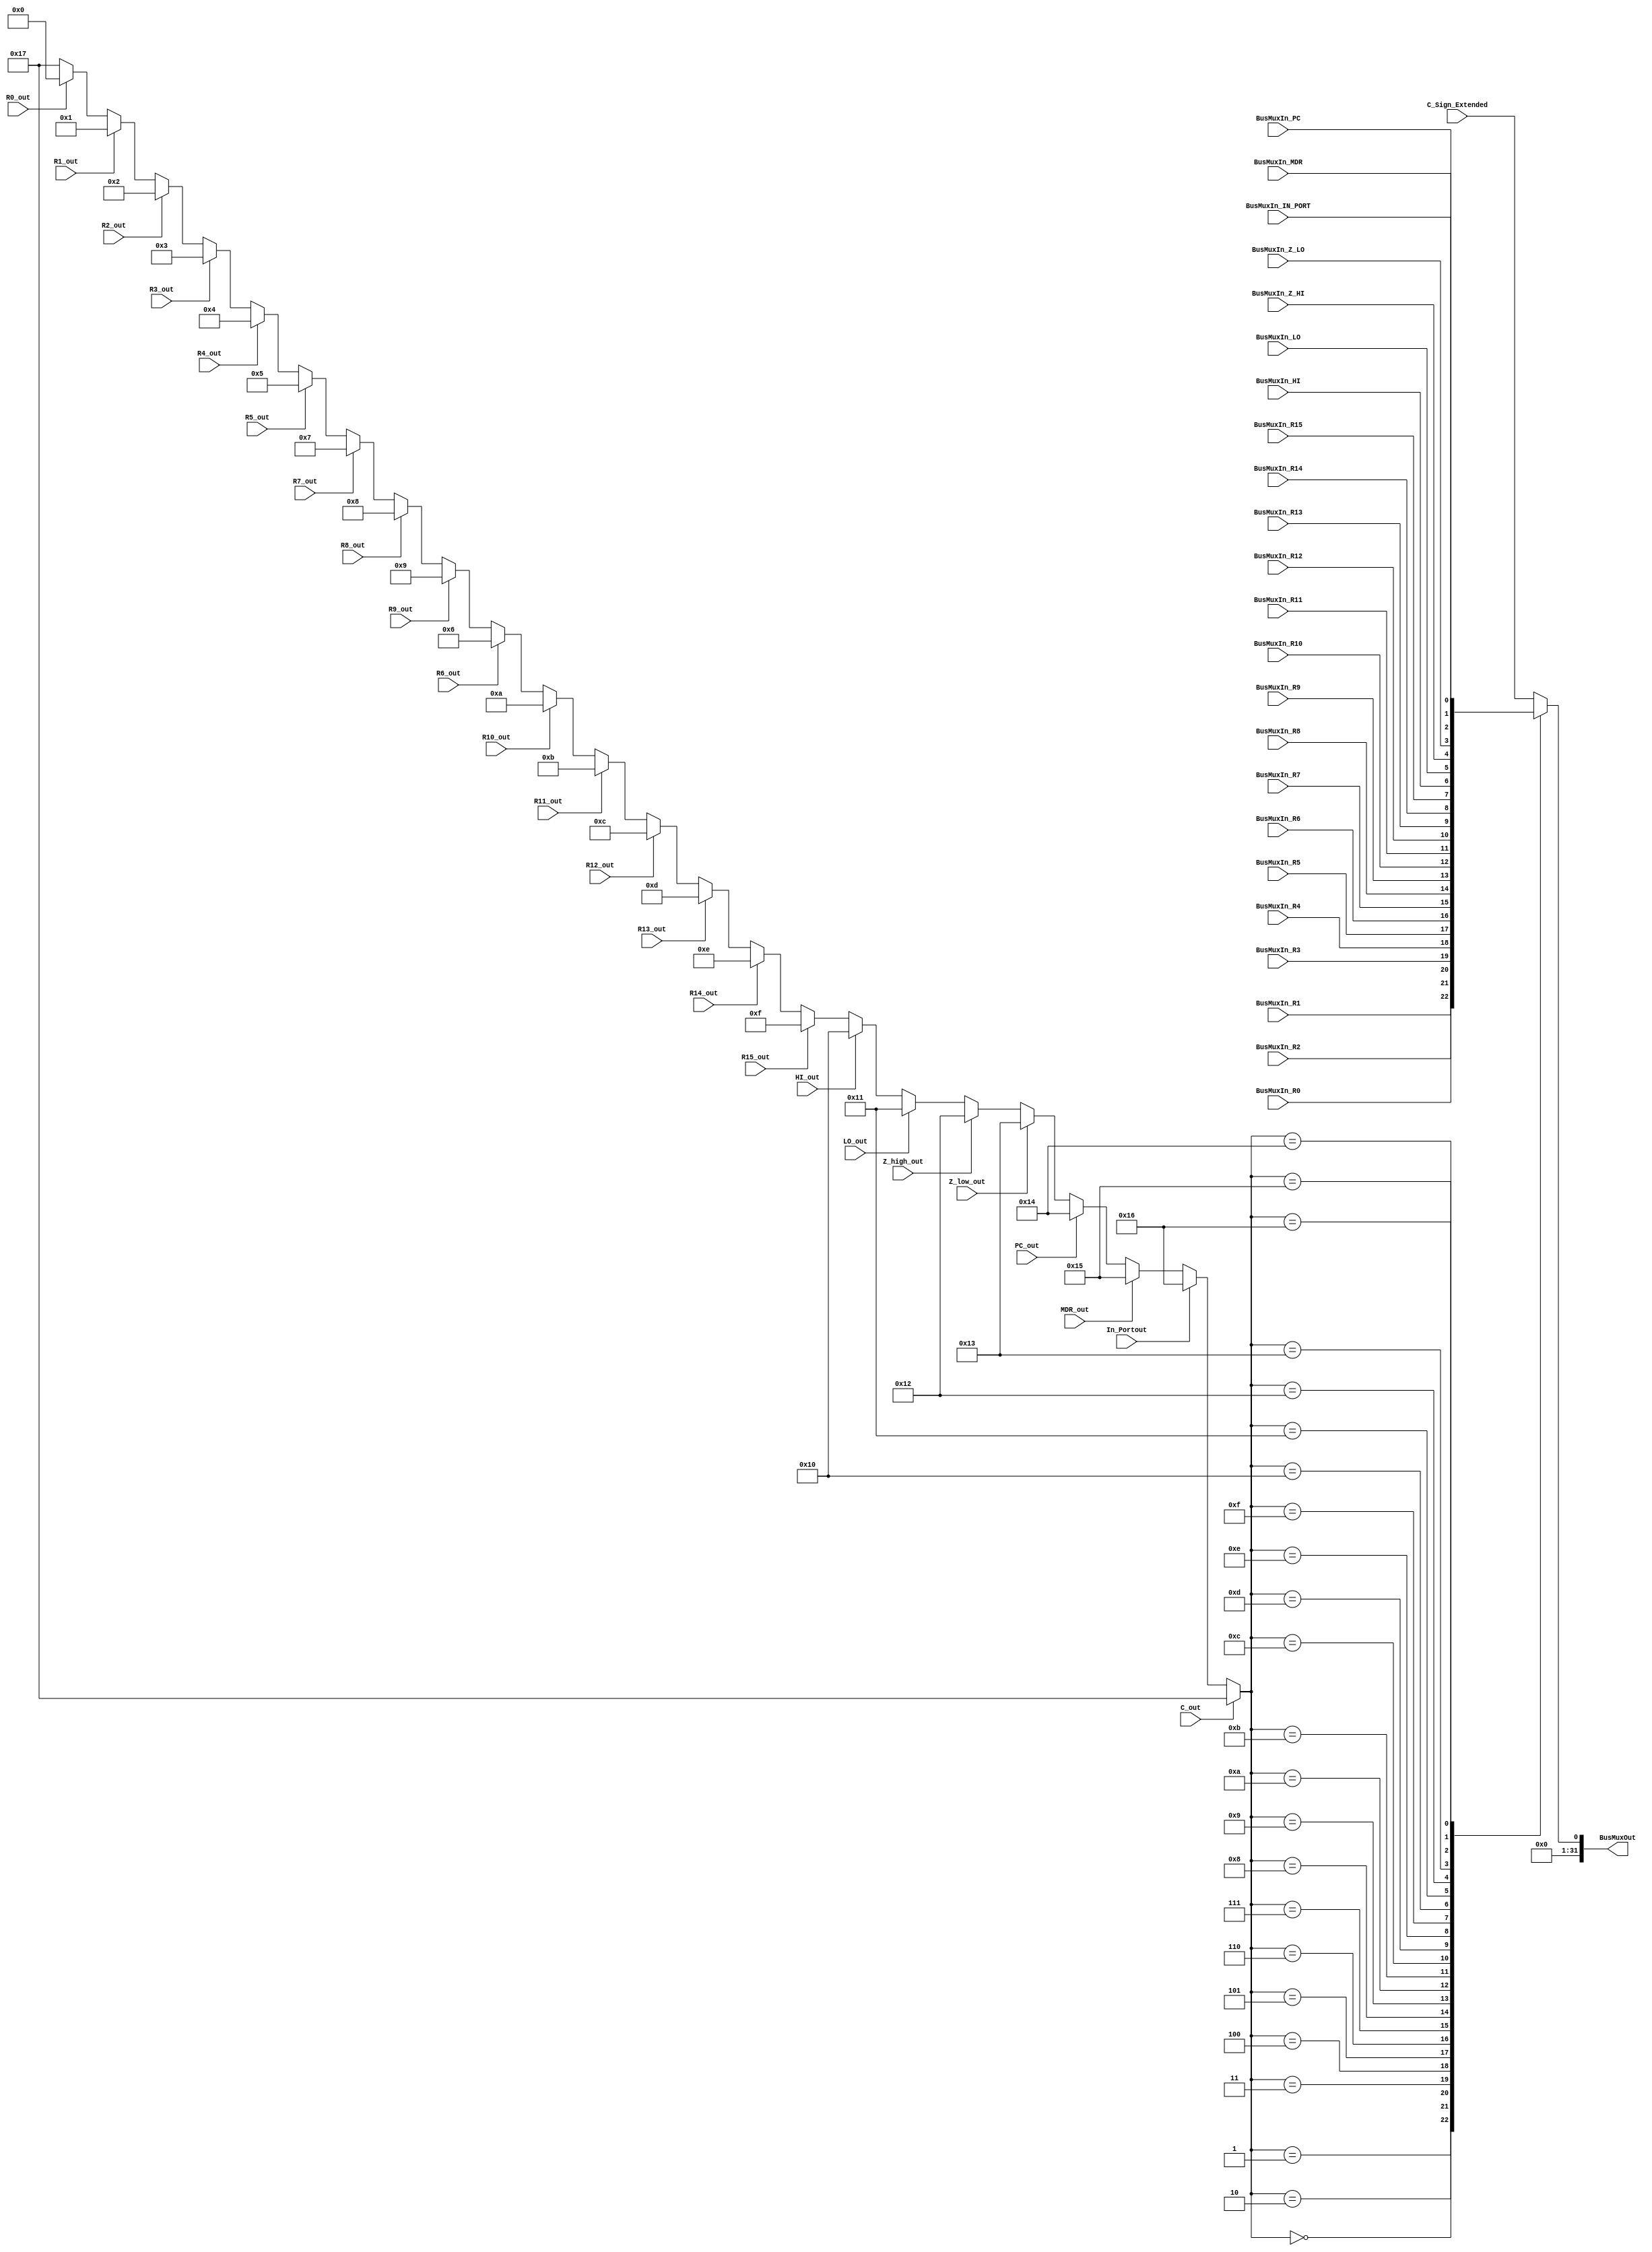
module Bus (R0_out, R1_out, R2_out, R3_out, R4_out, R5_out, R6_out, R7_out, R8_out, R9_out,  R10_out, R11_out, R12_out, R13_out, R14_out, R15_out, HI_out, LO_out, Z_high_out, Z_low_out, PC_out, MDR_out, In_Portout, C_out,
BusMuxIn_R0, BusMuxIn_R1, BusMuxIn_R2, BusMuxIn_R3, BusMuxIn_R4, BusMuxIn_R5, BusMuxIn_R6, BusMuxIn_R7, BusMuxIn_R8, BusMuxIn_R9, BusMuxIn_R10, BusMuxIn_R11, BusMuxIn_R12, BusMuxIn_R13, BusMuxIn_R14, BusMuxIn_R15, BusMuxIn_HI, BusMuxIn_LO, BusMuxIn_Z_HI, BusMuxIn_Z_LO, BusMuxIn_PC, BusMuxIn_MDR, BusMuxIn_IN_PORT, C_Sign_Extended, BusMuxOut);

    input wire R0_out, R1_out, R2_out, R3_out, R4_out, R5_out, R6_out, R7_out, R8_out, R9_out,  R10_out, R11_out, R12_out, R13_out, R14_out, R15_out, HI_out, LO_out, Z_high_out, Z_low_out, PC_out, MDR_out, In_Portout, C_out;

    input wire BusMuxIn_R0, BusMuxIn_R1, BusMuxIn_R2, BusMuxIn_R3, BusMuxIn_R4, BusMuxIn_R5, BusMuxIn_R6, BusMuxIn_R7, BusMuxIn_R8, BusMuxIn_R9, BusMuxIn_R10, BusMuxIn_R11, BusMuxIn_R12, BusMuxIn_R13, BusMuxIn_R14, BusMuxIn_R15, BusMuxIn_HI, BusMuxIn_LO, BusMuxIn_Z_HI, BusMuxIn_Z_LO, BusMuxIn_PC, BusMuxIn_MDR, BusMuxIn_IN_PORT, C_Sign_Extended;

    output reg [31:0] BusMuxOut;

    reg [4:0] encoderOut;

    // Encoder
    always @ (R0_out, R1_out, R2_out, R3_out, R4_out, R5_out, R6_out, R7_out, R8_out, R9_out,  R10_out, R11_out, R12_out, R13_out, R14_out, R15_out, HI_out, LO_out, Z_high_out, Z_low_out, PC_out, MDR_out, In_Portout, C_out)
        begin
            if (C_out) encoderOut = 23; else
            if (In_Portout) encoderOut = 22; else
            if (MDR_out)    encoderOut = 21; else
            if (PC_out)     encoderOut = 20; else
            if (Z_low_out)  encoderOut = 19; else
            if (Z_high_out) encoderOut = 18; else
            if (LO_out)     encoderOut = 17; else
            if (HI_out)     encoderOut = 16; else
            if (R15_out)    encoderOut = 15; else
            if (R14_out)    encoderOut = 14; else
            if (R13_out)    encoderOut = 13; else
            if (R12_out)    encoderOut = 12; else
            if (R11_out)    encoderOut = 11; else
            if (R10_out)    encoderOut = 10; else
            if (R6_out)     encoderOut = 6; else
            if (R9_out)     encoderOut = 9; else
            if (R8_out)     encoderOut = 8; else
            if (R7_out)     encoderOut = 7; else
            if (R5_out)     encoderOut = 5; else
            if (R4_out)     encoderOut = 4; else
            if (R3_out)     encoderOut = 3; else
            if (R2_out)     encoderOut = 2; else
            if (R1_out)     encoderOut = 1; else
            if (R0_out)     encoderOut = 0; else
                            encoderOut = 23; // otherwise is C_out
        end

    // multiplexer
    always @(encoderOut)
    begin
        case(encoderOut)
            0       :     BusMuxOut = BusMuxIn_R0;
            1       :     BusMuxOut = BusMuxIn_R1;
            2       :     BusMuxOut = BusMuxIn_R2;
            3       :     BusMuxOut = BusMuxIn_R3;
            4       :     BusMuxOut = BusMuxIn_R4;
            5       :     BusMuxOut = BusMuxIn_R5;
            6       :     BusMuxOut = BusMuxIn_R6;
            7       :     BusMuxOut = BusMuxIn_R7;
            8       :     BusMuxOut = BusMuxIn_R8;
            9       :     BusMuxOut = BusMuxIn_R9;
            10      :     BusMuxOut = BusMuxIn_R10;
            11      :     BusMuxOut = BusMuxIn_R11;
            12      :     BusMuxOut = BusMuxIn_R12;
            13      :     BusMuxOut = BusMuxIn_R13;
            14      :     BusMuxOut = BusMuxIn_R14;
            15      :     BusMuxOut = BusMuxIn_R15;
            16      :     BusMuxOut = BusMuxIn_HI;
            17      :     BusMuxOut = BusMuxIn_LO;
            18      :     BusMuxOut = BusMuxIn_Z_HI;
            19      :     BusMuxOut = BusMuxIn_Z_LO;
            20      :     BusMuxOut = BusMuxIn_PC;
            21      :     BusMuxOut = BusMuxIn_MDR;
            22      :     BusMuxOut = BusMuxIn_IN_PORT;
            23      :     BusMuxOut = C_Sign_Extended;
            default :     BusMuxOut = C_Sign_Extended;
			endcase
    end
       
endmodule